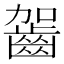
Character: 𪗬